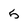
Character: 5